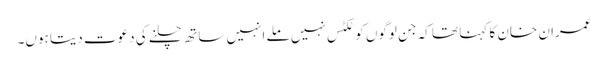
عمران خان کا کہنا تھا کہ جن لوگوں کو ٹکٹس نہیں ملے انہیں ساتھ چلنے کی دعوت دیتا ہوں۔